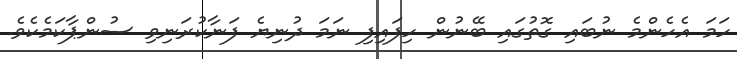
ހަމަ އެހެންމެ ނުބައި ގޮތުގައި ބޭނުން ހިފައިފި ނަމަ ދުނިޔެ ފަނާކުރަނިވި ސުންޕާކަމެކެވެ.